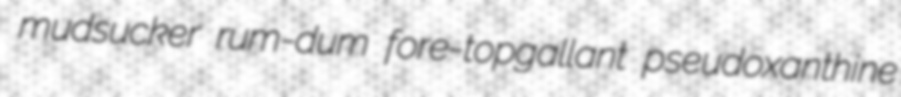
mudsucker rum-dum fore-topgallant pseudoxanthine